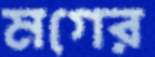
মগের